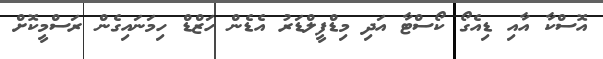
އޮސްކާ އާއި ޑިއެގޯ ކޯސްޓާ އަދި މިޑްފީލްޑަރު އެޑެން ހަޒްޑް ހިމަނައިގެން ރަސްމީކޮށް